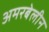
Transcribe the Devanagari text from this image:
अमरबेलीन